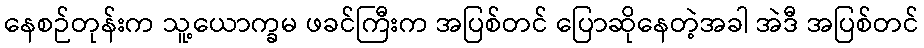
နေစဉ်တုန်းက သူ့ယောက္ခမ ဖခင်ကြီးက အပြစ်တင် ပြောဆိုနေတဲ့အခါ အဲဒီ အပြစ်တင်